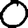
Digit: 0